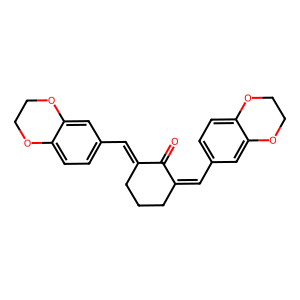
SMILES: O=C1C(=Cc2ccc3c(c2)OCCO3)CCCC1=Cc1ccc2c(c1)OCCO2
Inhibits HIV replication: No